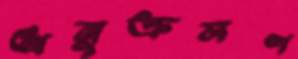
অনুক্রমণ